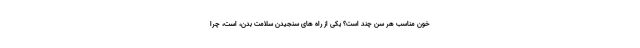
خون مناسب هر سن چند است؟ یکی از راه های سنجیدن سلامت بدن، است، چرا